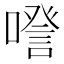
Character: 𠽹